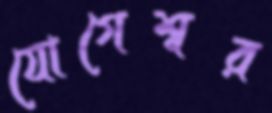
যোগেশ্বর